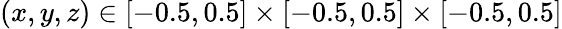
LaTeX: (x,y,z)\in[-0.5,0.5]\times[-0.5,0.5]\times[-0.5,0.5]